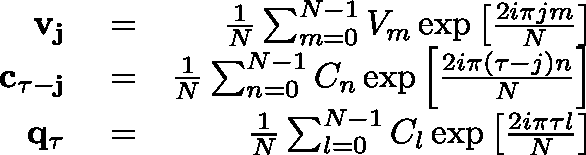
\begin{array} { r l r } { \mathbf { v _ { j } } } & { { } = } & { \frac { 1 } { N } \sum _ { m = 0 } ^ { N - 1 } { V _ { m } } \exp \left[ \frac { 2 i \pi j m } { N } \right] } \\ { \mathbf { c _ { \tau - j } } } & { { } = } & { \frac { 1 } { N } \sum _ { n = 0 } ^ { N - 1 } { C _ { n } } \exp \left[ \frac { 2 i \pi ( \tau - j ) n } { N } \right] } \\ { \mathbf { q _ { \tau } } } & { { } = } & { \frac { 1 } { N } \sum _ { l = 0 } ^ { N - 1 } { C _ { l } } \exp \left[ \frac { 2 i \pi \tau l } { N } \right] } \end{array}